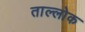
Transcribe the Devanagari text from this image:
ताल्लोक